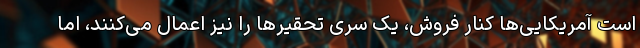
است آمریکایی‌ها کنار فروش، یک سری تحقیرها را نیز اعمال می‌کنند، اما